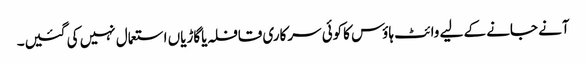
آنے جانے کے لیے وائٹ ہاؤس کاکوئی سرکاری قافلہ یاگاڑیاں استعمال نہیں کی گئیں۔